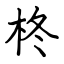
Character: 柊